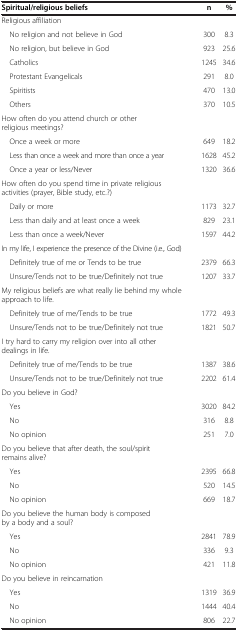
<table><thead><tr><td><b>Spiritual/religious beliefs</b></td><td><b>n</b></td><td><b>%</b></td></tr></thead><tbody><tr><td>Religious affiliation</td><td> </td><td> </td></tr><tr><td> No religion and not believe in God</td><td>300</td><td>8.3</td></tr><tr><td> No religion, but believe in God</td><td>923</td><td>25.6</td></tr><tr><td> Catholics</td><td>1245</td><td>34.6</td></tr><tr><td> Protestant Evangelicals</td><td>291</td><td>8.0</td></tr><tr><td> Spiritists</td><td>470</td><td>13.0</td></tr><tr><td> Others</td><td>370</td><td>10.5</td></tr><tr><td>How often do you attend church or other religious meetings?</td><td> </td><td> </td></tr><tr><td> Once a week or more</td><td>649</td><td>18.2</td></tr><tr><td> Less than once a week and more than once a year</td><td>1628</td><td>45.2</td></tr><tr><td> Once a year or less/Never</td><td>1320</td><td>36.6</td></tr><tr><td>How often do you spend time in private religious activities (prayer, Bible study, etc.?)</td><td> </td><td> </td></tr><tr><td> Daily or more</td><td>1173</td><td>32.7</td></tr><tr><td> Less than daily and at least once a week</td><td>829</td><td>23.1</td></tr><tr><td> Less than once a week/Never</td><td>1597</td><td>44.2</td></tr><tr><td>In my life, I experience the presence of the Divine (i.e., God)</td><td> </td><td> </td></tr><tr><td> Definitely true of me or Tends to be true</td><td>2379</td><td>66.3</td></tr><tr><td> Unsure/Tends not to be true/Definitely not true</td><td>1207</td><td>33.7</td></tr><tr><td>My religious beliefs are what really lie behind my whole approach to life.</td><td> </td><td> </td></tr><tr><td> Definitely true of me/Tends to be true</td><td>1772</td><td>49.3</td></tr><tr><td> Unsure/Tends not to be true/Definitely not true</td><td>1821</td><td>50.7</td></tr><tr><td>I try hard to carry my religion over into all other dealings in life.</td><td> </td><td> </td></tr><tr><td> Definitely true of me/Tends to be true</td><td>1387</td><td>38.6</td></tr><tr><td> Unsure/Tends not to be true/Definitely not true</td><td>2202</td><td>61.4</td></tr><tr><td>Do you believe in God?</td><td> </td><td> </td></tr><tr><td> Yes</td><td>3020</td><td>84.2</td></tr><tr><td> No</td><td>316</td><td>8.8</td></tr><tr><td> No opinion</td><td>251</td><td>7.0</td></tr><tr><td>Do you believe that after death, the soul/spirit remains alive?</td><td> </td><td> </td></tr><tr><td> Yes</td><td>2395</td><td>66.8</td></tr><tr><td> No</td><td>520</td><td>14.5</td></tr><tr><td> No opinion</td><td>669</td><td>18.7</td></tr><tr><td>Do you believe the human body is composed by a body and a soul?</td><td> </td><td> </td></tr><tr><td> Yes</td><td>2841</td><td>78.9</td></tr><tr><td> No</td><td>336</td><td>9.3</td></tr><tr><td> No opinion</td><td>421</td><td>11.8</td></tr><tr><td>Do you believe in reincarnation</td><td> </td><td> </td></tr><tr><td> Yes</td><td>1319</td><td>36.9</td></tr><tr><td> No</td><td>1444</td><td>40.4</td></tr><tr><td> No opinion</td><td>806</td><td>22.7</td></tr></tbody></table>